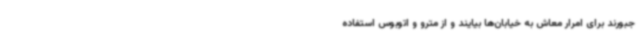
جبورند برای امرار معاش به خیابان‌ها بیایند و از مترو و اتوبوس استفاده